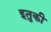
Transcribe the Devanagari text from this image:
इतुकी